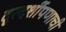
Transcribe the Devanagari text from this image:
दूरदर्शीपणाची